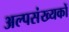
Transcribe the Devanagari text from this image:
अल्पसंख्‍यकों